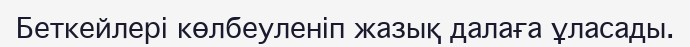
Беткейлері көлбеуленіп жазық далаға ұласады.